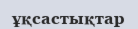
ұқсастықтар